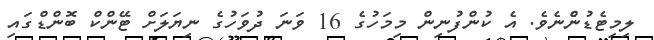
ލިމިޓެޑުންެނެވެ. އެ ކުންފުނިން މިމަހުގެ 16 ވަނަ ދުވަހުގެ ނިޔަލަށް ޓޭންކް ބޮންޑްގައި